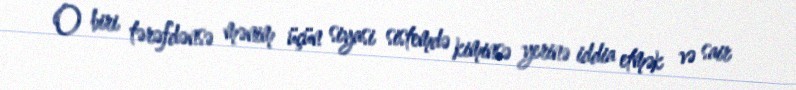
O biri tərəfdənsə mənim üçün siyasi sistemdə kiminsə yerinə iddia etmək və sair